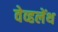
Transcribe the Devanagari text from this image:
वेव्हलेंथ